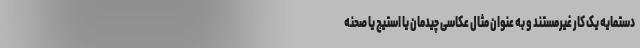
دستمایه یک کار غیرمستند و به عنوان مثال عکاسی چیدمان یا استیج یا صحنه